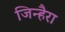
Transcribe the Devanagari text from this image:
जिन्हैरा